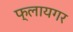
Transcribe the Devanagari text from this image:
फ्लायगर